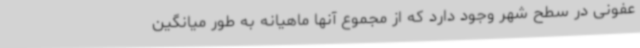
عفونی در سطح شهر وجود دارد که از مجموع آنها ماهیانه به طور میانگین